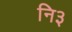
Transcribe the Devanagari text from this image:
नि३